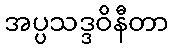
အပ္ပသဒ္ဒဝိနီတာ